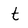
Character: t